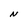
Character: N